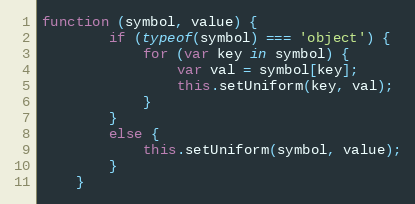
Language: JavaScript
function (symbol, value) {
        if (typeof(symbol) === 'object') {
            for (var key in symbol) {
                var val = symbol[key];
                this.setUniform(key, val);
            }
        }
        else {
            this.setUniform(symbol, value);
        }
    }